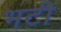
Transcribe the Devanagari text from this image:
भटी